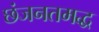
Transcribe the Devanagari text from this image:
छंजनतमद्ध